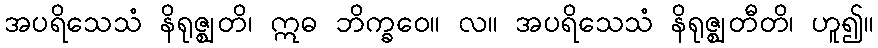
အပရိသေသံ နိရုဇ္ဈတိ၊ ဣဓ ဘိက္ခဝေ။ လ။ အပရိသေသံ နိရုဇ္ဈတီတိ၊ ဟူ၍။